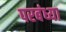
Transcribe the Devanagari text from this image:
परबंध्या